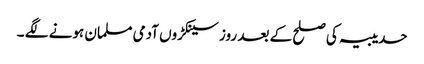
حدیبیہ کی صلح کے بعد روز سینکڑوں آدمی مسلمان ہونے لگے ۔